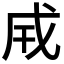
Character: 𢦡